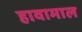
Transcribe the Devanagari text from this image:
हावामाल